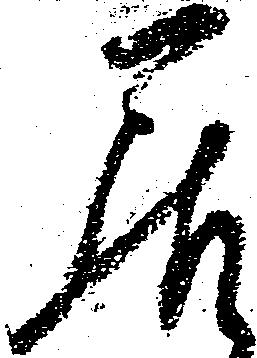
居